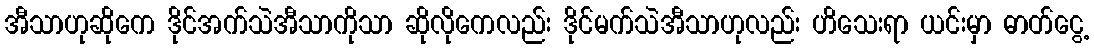
အီသာဟုဆိုကေ ဒိုင်အက်သဲအီသာကိုသာ ဆိုလိုကေလည်း ဒိုင်မက်သဲအီသာဟုလည်း ဟိသေးရာ ယင်းမှာ ဓာတ်ငွေ့